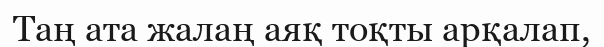
Таң ата жалаң аяқ тоқты арқалап,